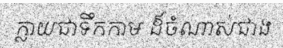
ក្លាយជាទឹកកាម ដ៏ចំណាស់ជាង